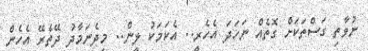
ނުވާތި ގަސްތަކަށް ގޮތެއް ނަހަދަ އެހެރީ.. އެކަމަކު ލީން.. މިދެނަމާދު ދޭތެރޭ އެހެން